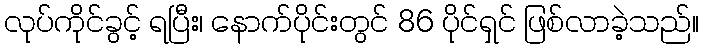
လုပ်ကိုင်ခွင့် ရပြီး၊ နောက်ပိုင်းတွင် 86 ပိုင်ရှင် ဖြစ်လာခဲ့သည်။